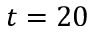
t = 2 0